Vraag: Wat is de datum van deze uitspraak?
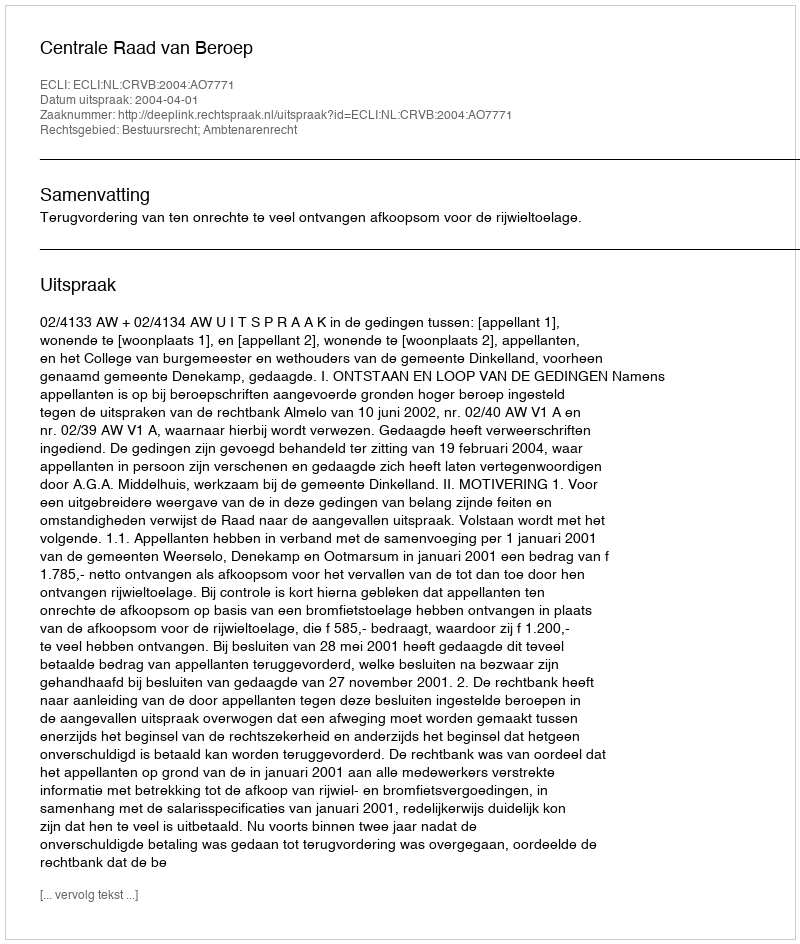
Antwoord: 2004-04-01